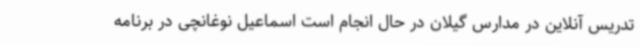
تدریس آنلاین در مدارس گیلان در حال انجام است اسماعیل نوغانچی در برنامه